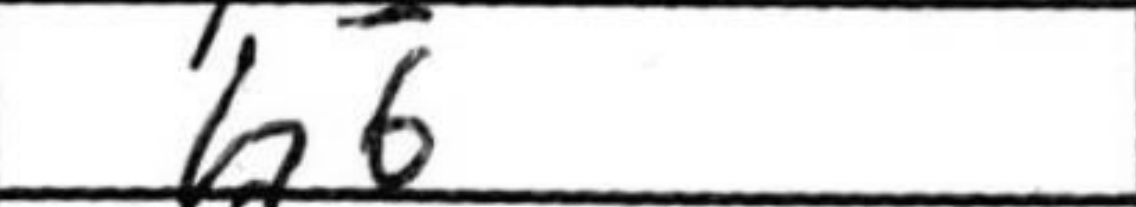
Transcription: b6